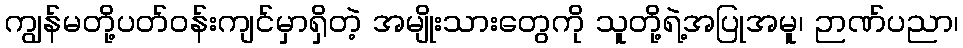
ကျွန်မတို့ပတ်၀န်းကျင်မှာရှိတဲ့ အမျိုးသားတွေကို သူတို့ရဲ့အပြုအမူ၊ ဉာဏ်ပညာ၊